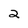
Character: 2